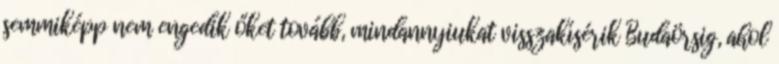
semmiképp nem engedik őket tovább, mindannyiukat visszakísérik Budaörsig, ahol